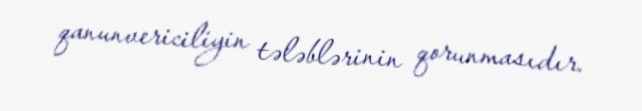
qanunvericiliyin tələblərinin qorunmasıdır.